Vaccination in Bombay 1889-1901 - 1889-1901
Year: 1889
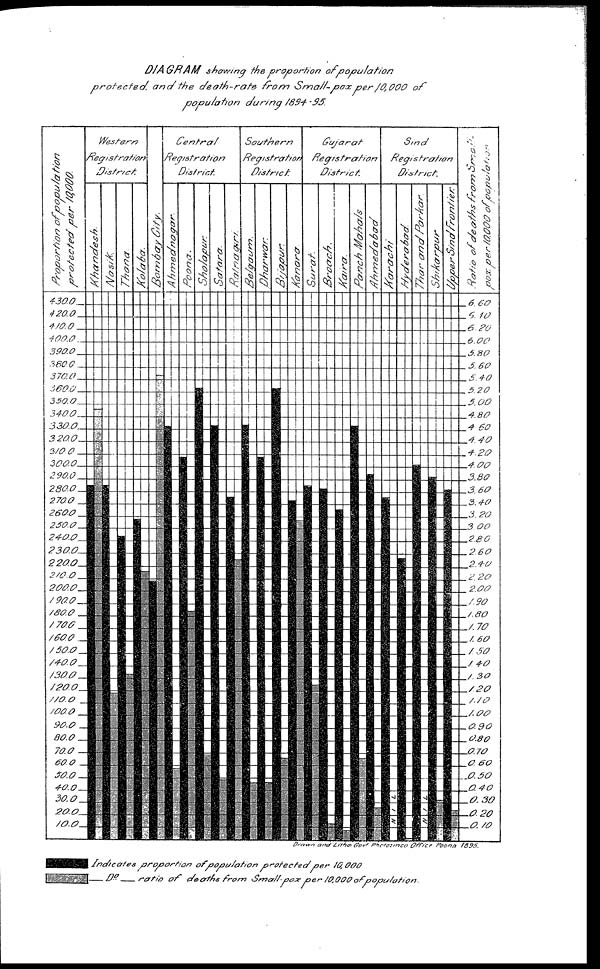
DIAGRAM
showing the proportion
of population
protected.
and the death-rate
from
Small-pox
per10,000
of
population
during
1894-95.